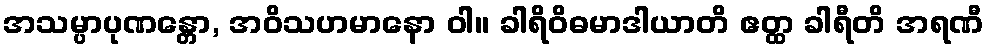
အသမ္ပာပုဏန္တော, အဝိသဟမာနော ဝါ။ ခါရိဝိဓမာဒါယာတိ ဧတ္ထ ခါရီတိ အရဏီ